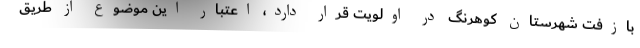
بازفت شهرستان کوهرنگ در اولویت قرار دارد، اعتبار این موضوع از طریق